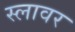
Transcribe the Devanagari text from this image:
स्लावर